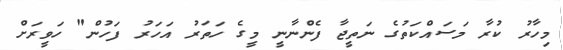
މިހާރު ކުރާ މަސައްކަތުގެ ނަތީޖާ ފެންނާނީ މީގެ ހަތަރު އަހަރު ފަހުން" ހަވީރަށް